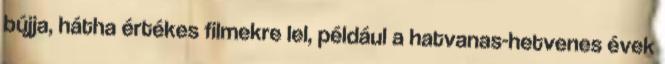
bújja, hátha értékes filmekre lel, például a hatvanas-hetvenes évek